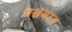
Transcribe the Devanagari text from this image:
पश्चयात